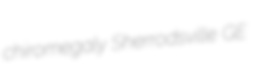
chiromegaly Sherrodsville GE